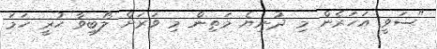
"ސަވީ އަހަރެން މި ދުނިޔެ މަތިން މި ވަރަށް ލޯބިވާ ހުރީ ހަމަ